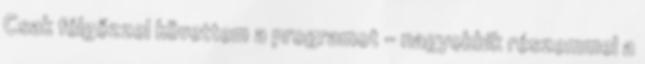
Csak félgőzzel követtem a programot – nagyobbik ré­szemmel a